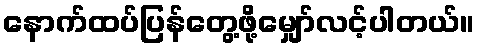
နောက်ထပ်ပြန်တွေ့ဖို့မျှော်လင့်ပါတယ်။